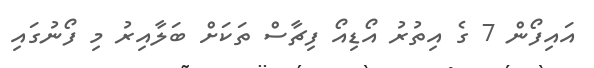
އައިފޯން 7 ގެ އިތުރު އޯޑިއޯ ފިޗާސް ތަކަށް ބަލާއިރު މި ފޯނުގައި